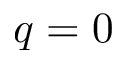
q = 0